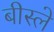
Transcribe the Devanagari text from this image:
बीस्ले